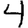
Digit: 4